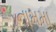
નામમા